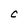
Character: C